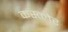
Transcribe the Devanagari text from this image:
कस्त्लेर